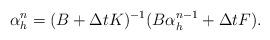
LaTeX: \begin{align*} \alpha_h^n=(B+\Delta tK)^{-1}(B\alpha_h^{n-1}+\Delta tF). \end{align*}